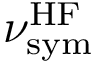
\nu _ { \mathrm { s y m } } ^ { \mathrm { H F } }